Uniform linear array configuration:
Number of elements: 12
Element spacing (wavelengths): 1
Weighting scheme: kaiser
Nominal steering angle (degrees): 30
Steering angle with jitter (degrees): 29.714
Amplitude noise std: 0.05
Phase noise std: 0.05

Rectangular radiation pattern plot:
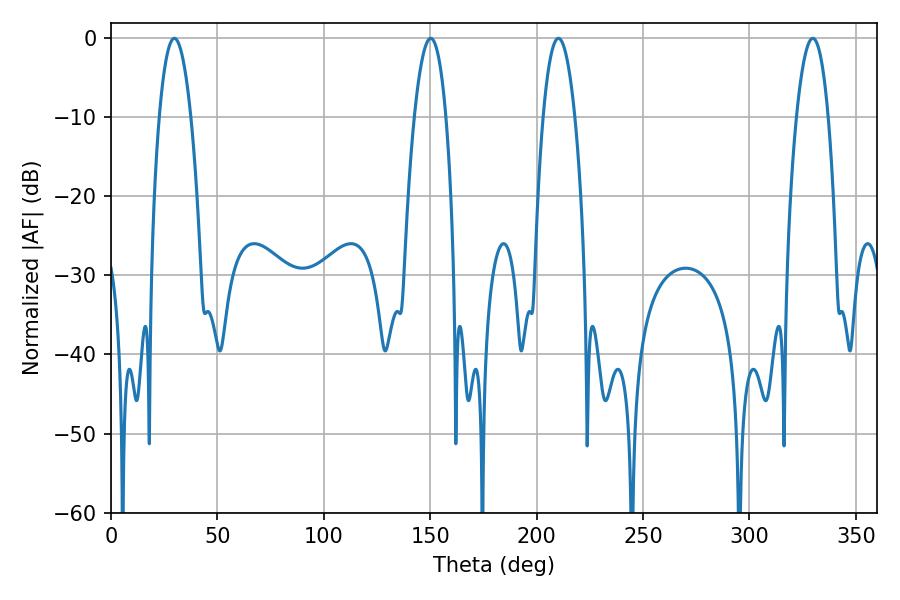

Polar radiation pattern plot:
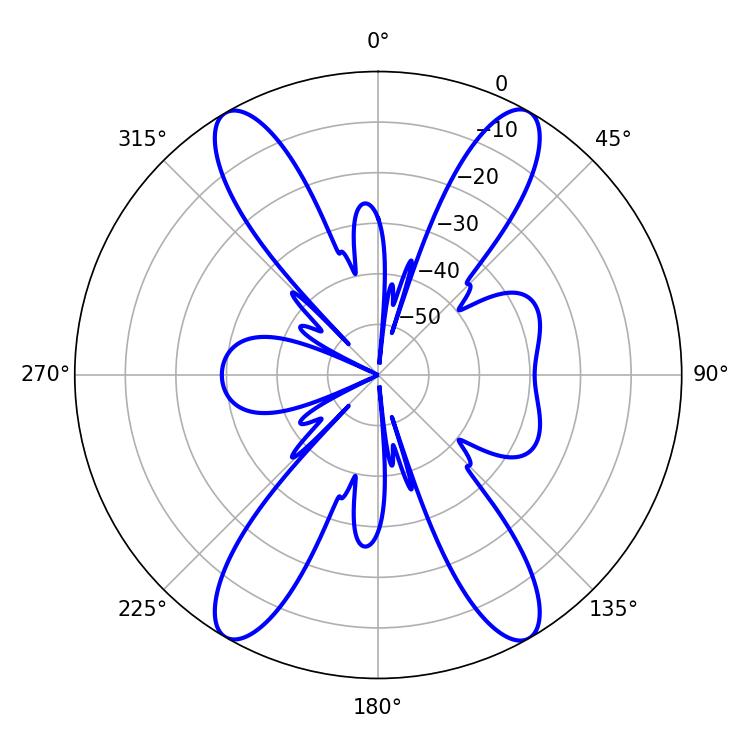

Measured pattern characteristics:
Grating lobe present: TRUE
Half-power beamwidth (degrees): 8.28
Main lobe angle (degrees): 210.24